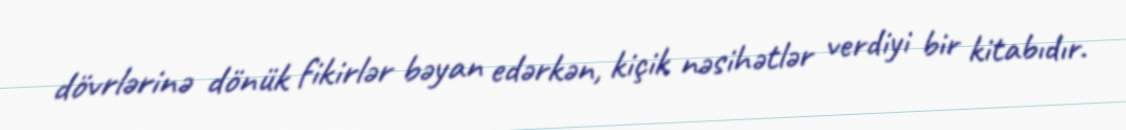
dövrlərinə dönük fikirlər bəyan edərkən, kiçik nəsihətlər verdiyi bir kitabıdır.